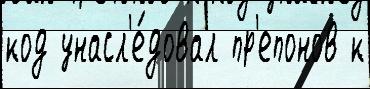
код унасл'е́довал пр'епонов к